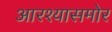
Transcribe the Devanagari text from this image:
आरश्यासमोर